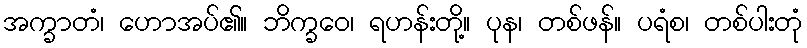
အက္ခာတံ၊ ဟောအပ်၏။ ဘိက္ခဝေ၊ ရဟန်းတို့။ ပုန၊ တစ်ဖန်။ ပရံစ၊ တစ်ပါးတုံ